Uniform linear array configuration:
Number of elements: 4
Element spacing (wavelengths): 0.75
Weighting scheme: hamming
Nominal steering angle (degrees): -30
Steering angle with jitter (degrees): -30.41
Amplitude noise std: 0.05
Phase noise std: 0.05

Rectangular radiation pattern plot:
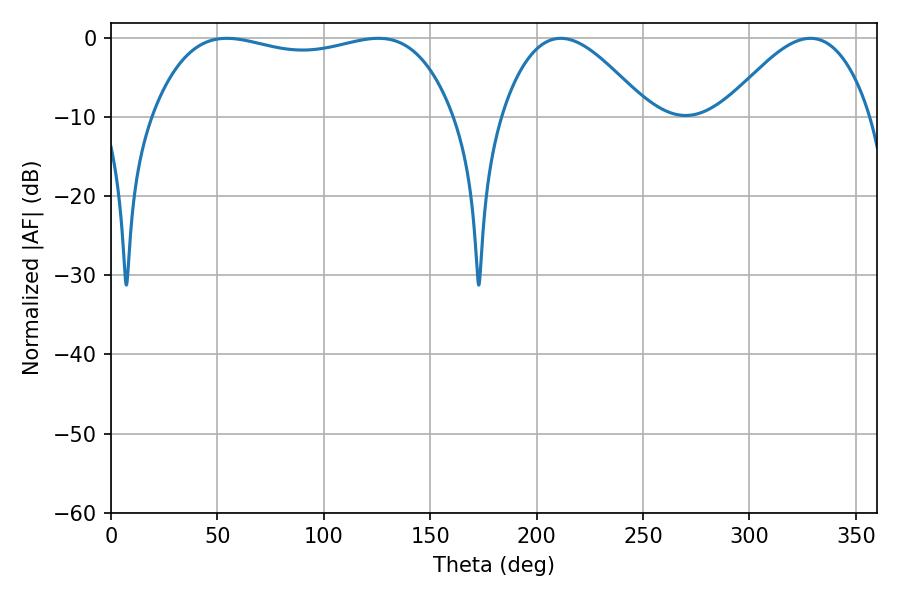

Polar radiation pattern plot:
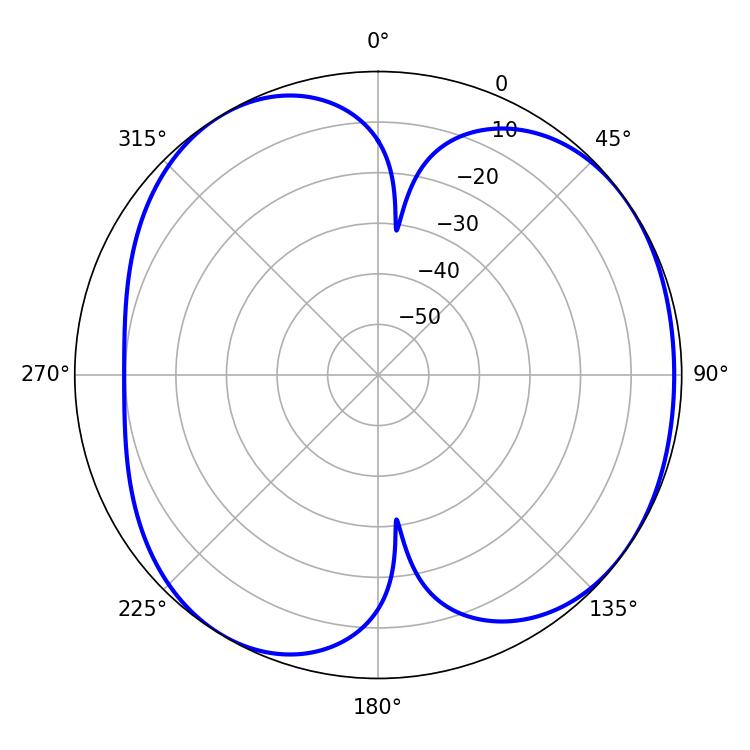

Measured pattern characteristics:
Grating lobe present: TRUE
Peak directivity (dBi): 5.028
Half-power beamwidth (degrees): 114.12
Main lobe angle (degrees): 54.36